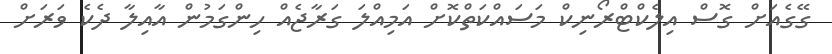
ގޭގެއަށް ގޮސް އިލެކްޓްރޯނިކް މަސައްކަތްކޮށް އަމިއްލަ ގަރާޖެއް ހިންގަމުން އާއިލާ ދެކެ ވަރަށް